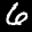
Label: 6